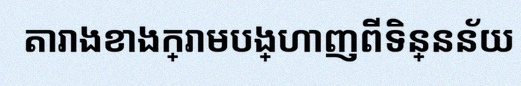
តារាងខាងក្រោមបង្ហាញពីទិន្នន័យ